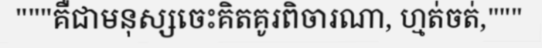
"""គឺជាមនុស្សចេះគិតគូរពិចារណា, ហ្មត់ចត់,"""